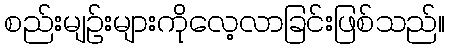
စည်းမျဉ်းများကိုလေ့လာခြင်းဖြစ်သည်။